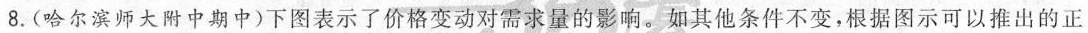
8.(哈尔滨师大附中期中)下图表示了价格变动对需求量的影响。如其他条件不变，根据图示可以推出的正